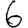
Digit: 6